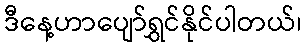
ဒီနေ့ဟာပျော်ရွှင်နိုင်ပါတယ်၊